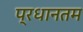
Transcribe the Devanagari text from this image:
प्रधानतम